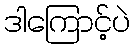
ဒါကြောင့်ပဲ